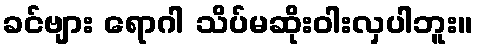
ခင်ဗျား ရောဂါ သိပ်မဆိုးဝါးလှပါဘူး။